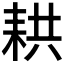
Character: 𦓳